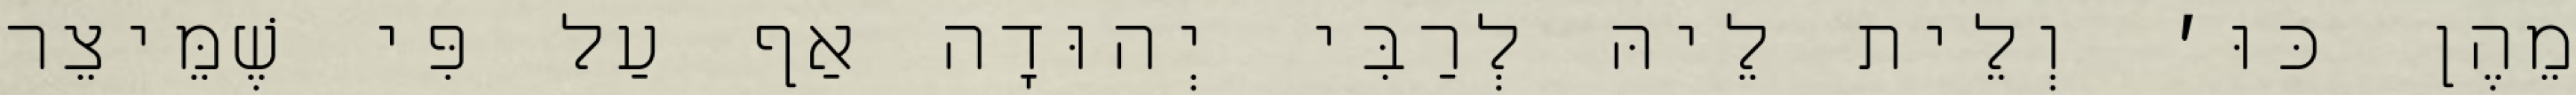
מֵהֶן כּוּ׳ וְלֵית לֵיהּ לְרַבִּי יְהוּדָה אַף עַל פִּי שֶׁמֵּיצֵר